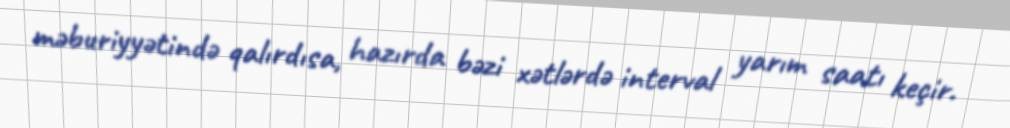
məburiyyətində qalırdısa, hazırda bəzi xətlərdə interval yarım saatı keçir.